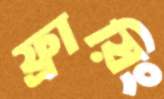
ফ্রায়িং